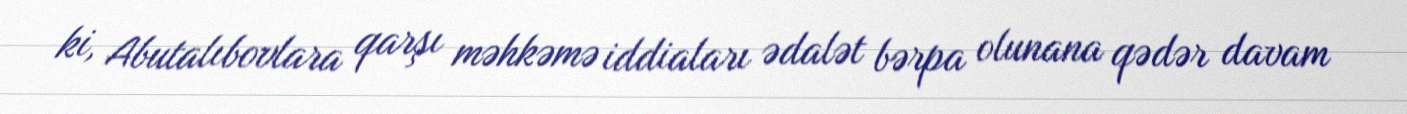
ki, Abutalıbovlara qarşı məhkəmə iddiaları ədalət bərpa olunana qədər davam